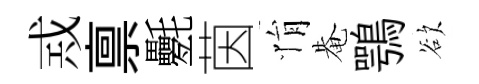
𢦶禀氎茵悁𤲅鶚欲